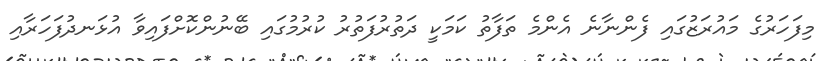
މިފަހަރުގެ މައުރަޒުގައި ފެންނާނެ އެންމެ ތަފާތު ކަމަކީ ދަތުރުފަތުރު ކުރުމުގައި ބޭނުންކޮށްފައިވާ އުޅަނދުފަހަރާއި